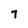
Character: 7